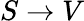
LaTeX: S\rightarrow V